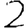
Digit: 2